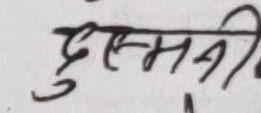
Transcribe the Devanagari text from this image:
दुश्मनी